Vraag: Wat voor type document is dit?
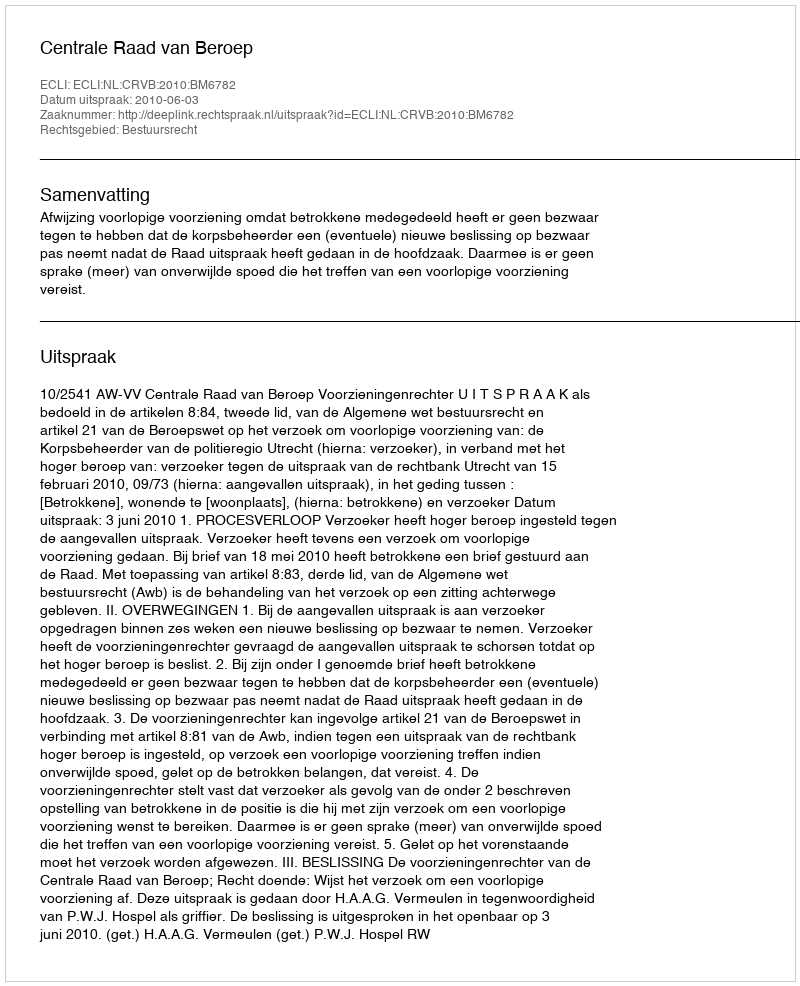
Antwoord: Uitspraak